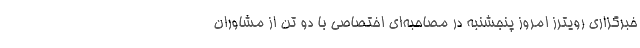
خبرگزاری رویترز امروز پنجشنبه در مصاحبه‌ای اختصاصی با دو تن از مشاوران